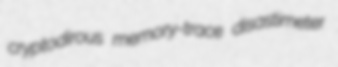
cryptodirous memory-trace disastimeter